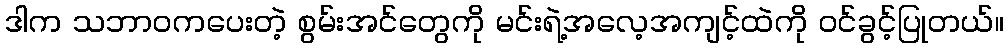
ဒါက သဘာဝကပေးတဲ့ စွမ်းအင်တွေကို မင်းရဲ့အလေ့အကျင့်ထဲကို ဝင်ခွင့်ပြုတယ်။